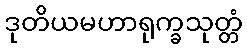
ဒုတိယမဟာရုက္ခသုတ္တံ